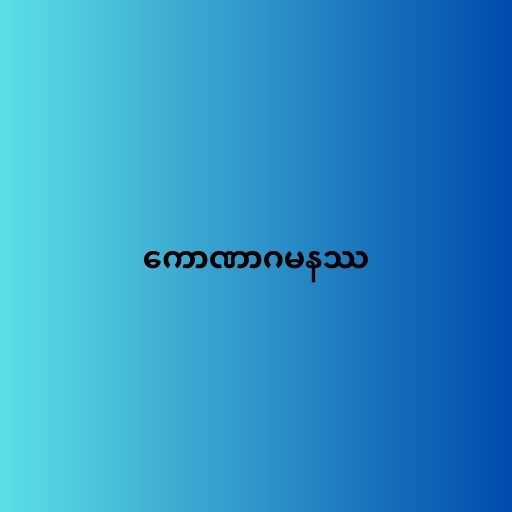
ကောဏာဂမနဿ